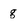
Character: g